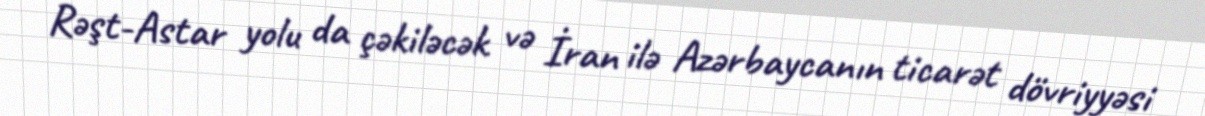
Rəşt-Astar yolu da çəkiləcək və İran ilə Azərbaycanın ticarət dövriyyəsi